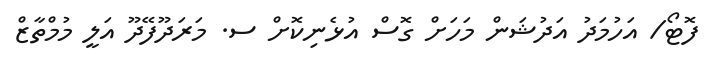
ފޮޓޯ/ އަހުމަދު އަދުޝަން މަހަށް ގޮސް އުޅެނިކޮށް ސ. މަރަދޫފޭދޫ އަލީ މުމްތާޒް